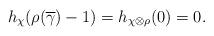
LaTeX: \begin{align*}h_{\chi}(\rho(\overline{\gamma}) - 1) = h_{\chi \otimes \rho}(0) = 0.\end{align*}